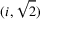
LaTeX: ( i , { \sqrt { 2 } } )